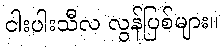
ငါးပါးသီလ လွန်ပြစ်များ။